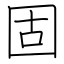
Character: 固